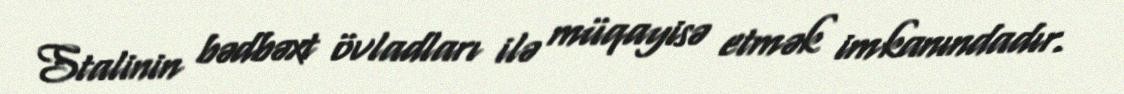
Stalinin bədbəxt övladları ilə müqayisə etmək imkanındadır.